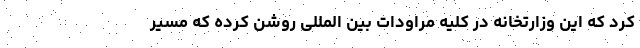
کرد که این وزارتخانه در کلیه مراودات بین المللی روشن کرده که مسیر